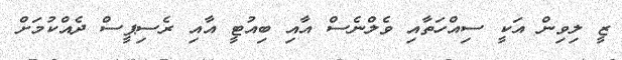
ޒީ ލިވިން އަކީ ސިއްހަތާއި ވެލްނެސް އާއި ބިއުޓީ އާއި ރެސިޕީސް ދެއްކުމަށް